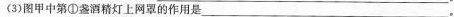
(3)图甲中第①盏酒精灯上网罩的作用是___.